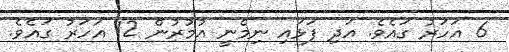
6 އަހަރު ގައެވެ. އަދި ފަޅައި ނިމެނީ އުމުރުން 12 އަހަރު ގައެވެ.